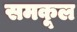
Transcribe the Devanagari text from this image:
समकूल